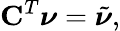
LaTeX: {\mathbf C}^{T}\boldsymbol{\nu}=\tilde{\boldsymbol{\nu}},